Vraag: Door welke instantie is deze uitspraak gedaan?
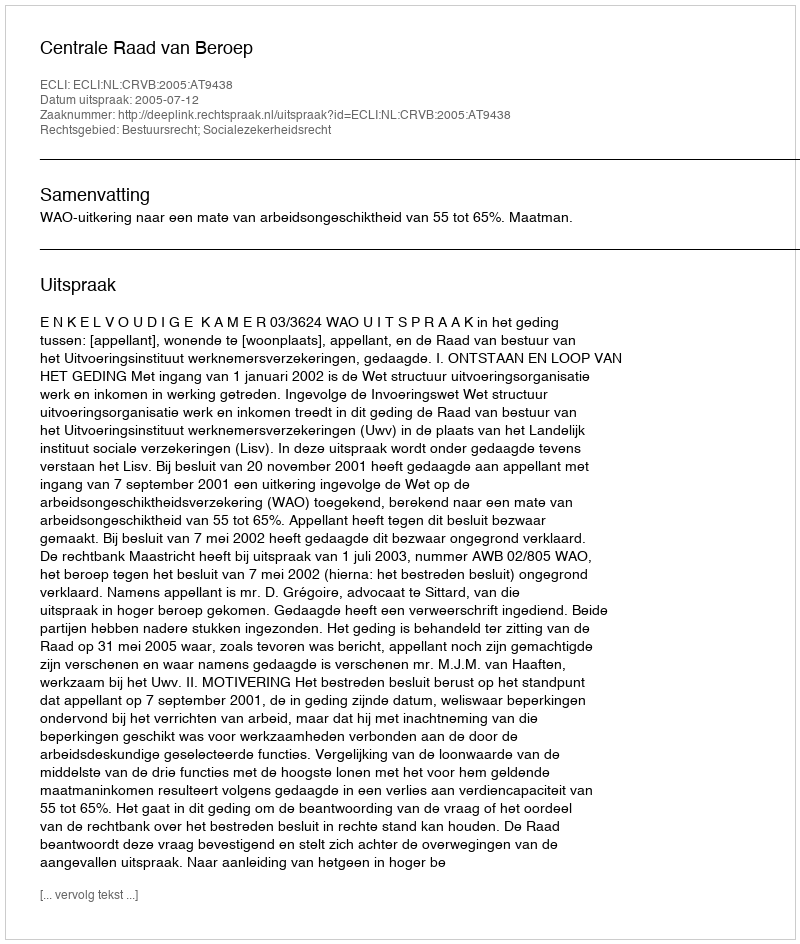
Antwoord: Centrale Raad van Beroep